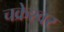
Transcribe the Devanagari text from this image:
चक्रेश्वर